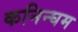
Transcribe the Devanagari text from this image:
कनिन्घम